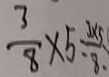
\frac { 3 } { 8 } \times 5 = \frac { 3 \times 5 } { 8 . }